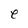
Character: e